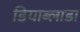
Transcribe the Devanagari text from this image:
डियाब्लाडा